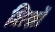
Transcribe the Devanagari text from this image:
शिश्नों